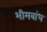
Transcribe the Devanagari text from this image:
भीमबांध